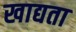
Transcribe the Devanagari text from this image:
खाद्यता